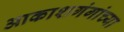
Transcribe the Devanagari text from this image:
आकाशगंगांच्या